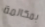
بمكالمة